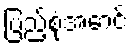
ပြည့်စုံအောင်